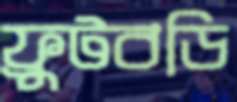
ফ্রুটবডি